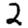
Digit: 2